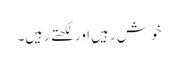
خوش رہیں اور لکھتے رہیں۔